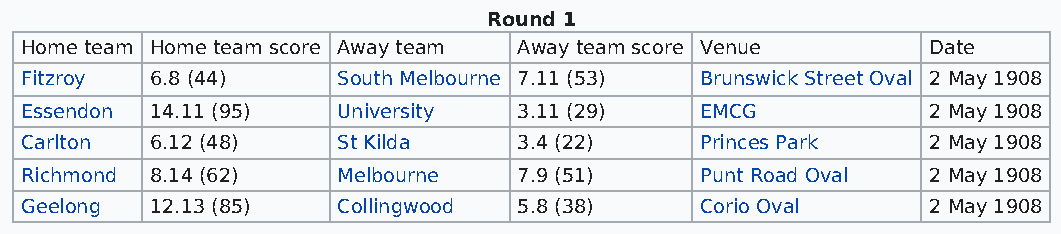
Round 1
 Home team Home team score Away team Away team score Venue   Date
 Fitzroy  6.8 (44)    South Melbourne 7.11 (53) Brunswick Street Oval 2 May 1908
 Essendon 14.11 (95)  University  3.11 (29)   EMCG           2 May 1908
 Carlton  6.12 (48)   St Kilda    3.4 (22)    Princes Park   2 May 1908
 Richmond 8.14 (62)   Melbourne   7.9 (51)    Punt Road Oval 2 May 1908
 Geelong  12.13 (85)  Collingwood 5.8 (38)    Corio Oval     2 May 1908